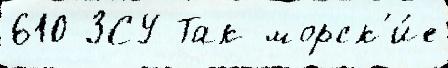
610 ЗСУ Так морск'и́е